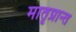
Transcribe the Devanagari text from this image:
मातृप्रान्त